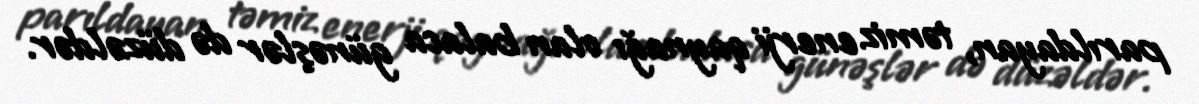
parıldayan, təmiz enerji qaynağı olan balaca günəşlər də düzəldər.